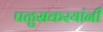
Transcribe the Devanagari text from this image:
पळुसकरयांनी